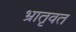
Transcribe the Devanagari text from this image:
भ्रातृवत